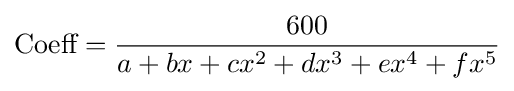
{\text{Coeff}}={\frac {600}{a+bx+cx^{2}+dx^{3}+ex^{4}+fx^{5}}}